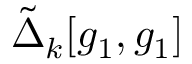
\tilde { \Delta } _ { k } [ g _ { 1 } , g _ { 1 } ]